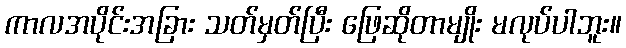
ကာလအပိုင်းအခြား သတ်မှတ်ပြီး ဖြေဆိုတာမျိုး မလုပ်ပါဘူး။